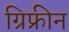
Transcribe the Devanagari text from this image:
ग्रिफ्रीन